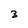
Character: 3